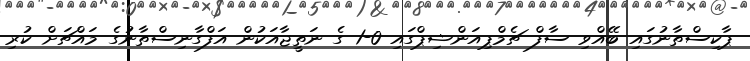
ޕާކިސްތާނުގައި ބޭއްވި ސާފް ޗެމްޕިއަންޝިޕްގައި 0-1 ގެ ނަތީޖާއަކުން އަފްގާނިސްތާނުގެ މައްޗަށް ކުރި